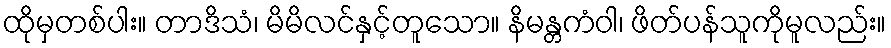
ထိုမှတစ်ပါး။ တာဒိသံ၊ မိမိလင်နှင့်တူသော။ နိမန္တကံဝါ၊ ဖိတ်ပန်သူကိုမူလည်း။